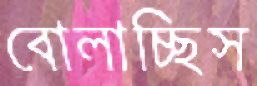
বোলাচ্ছিস